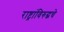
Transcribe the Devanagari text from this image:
राष्ट्रांविरुद्धचे